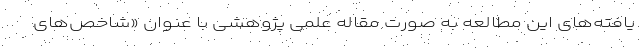
یافته‌های این مطالعه به صورت مقاله علمی پژوهشی با عنوان «شاخص‌های